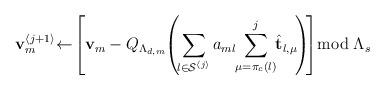
LaTeX: \begin{align*}\mathbf{v}_{m}^{\left\langle j+1\right\rangle }\negmedspace\gets\negmedspace\left[\mathbf{v}_{m}-Q_{\Lambda_{d,m}}\negmedspace\left(\negthinspace\sum_{l\in\mathcal{S}^{\left\langle j\right\rangle }}a_{ml}\negmedspace\sum_{\mu=\pi_{c}\left(l\right)}^{j}\negmedspace\hat{\mathbf{t}}_{l,\mu}\negthinspace\right)\negthinspace\right]\negthickspace\bmod\Lambda_{s}\end{align*}